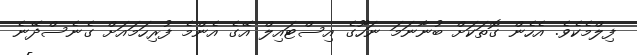
ފިލްމެކެވެ. އެހެން ގޮތަކަށް ބުނާނަމަ ނަހޫގެ އިސްޓައިލް އޭގެ އެންމެ ފުރިހަމައަށް ގެނެސްދޭނެ